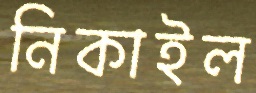
নিকাইল